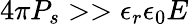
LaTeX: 4\pi P_{s}>>\epsilon_{r}\epsilon_{0}E